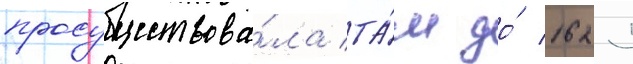
просуществова́ла та́м до́ 1625